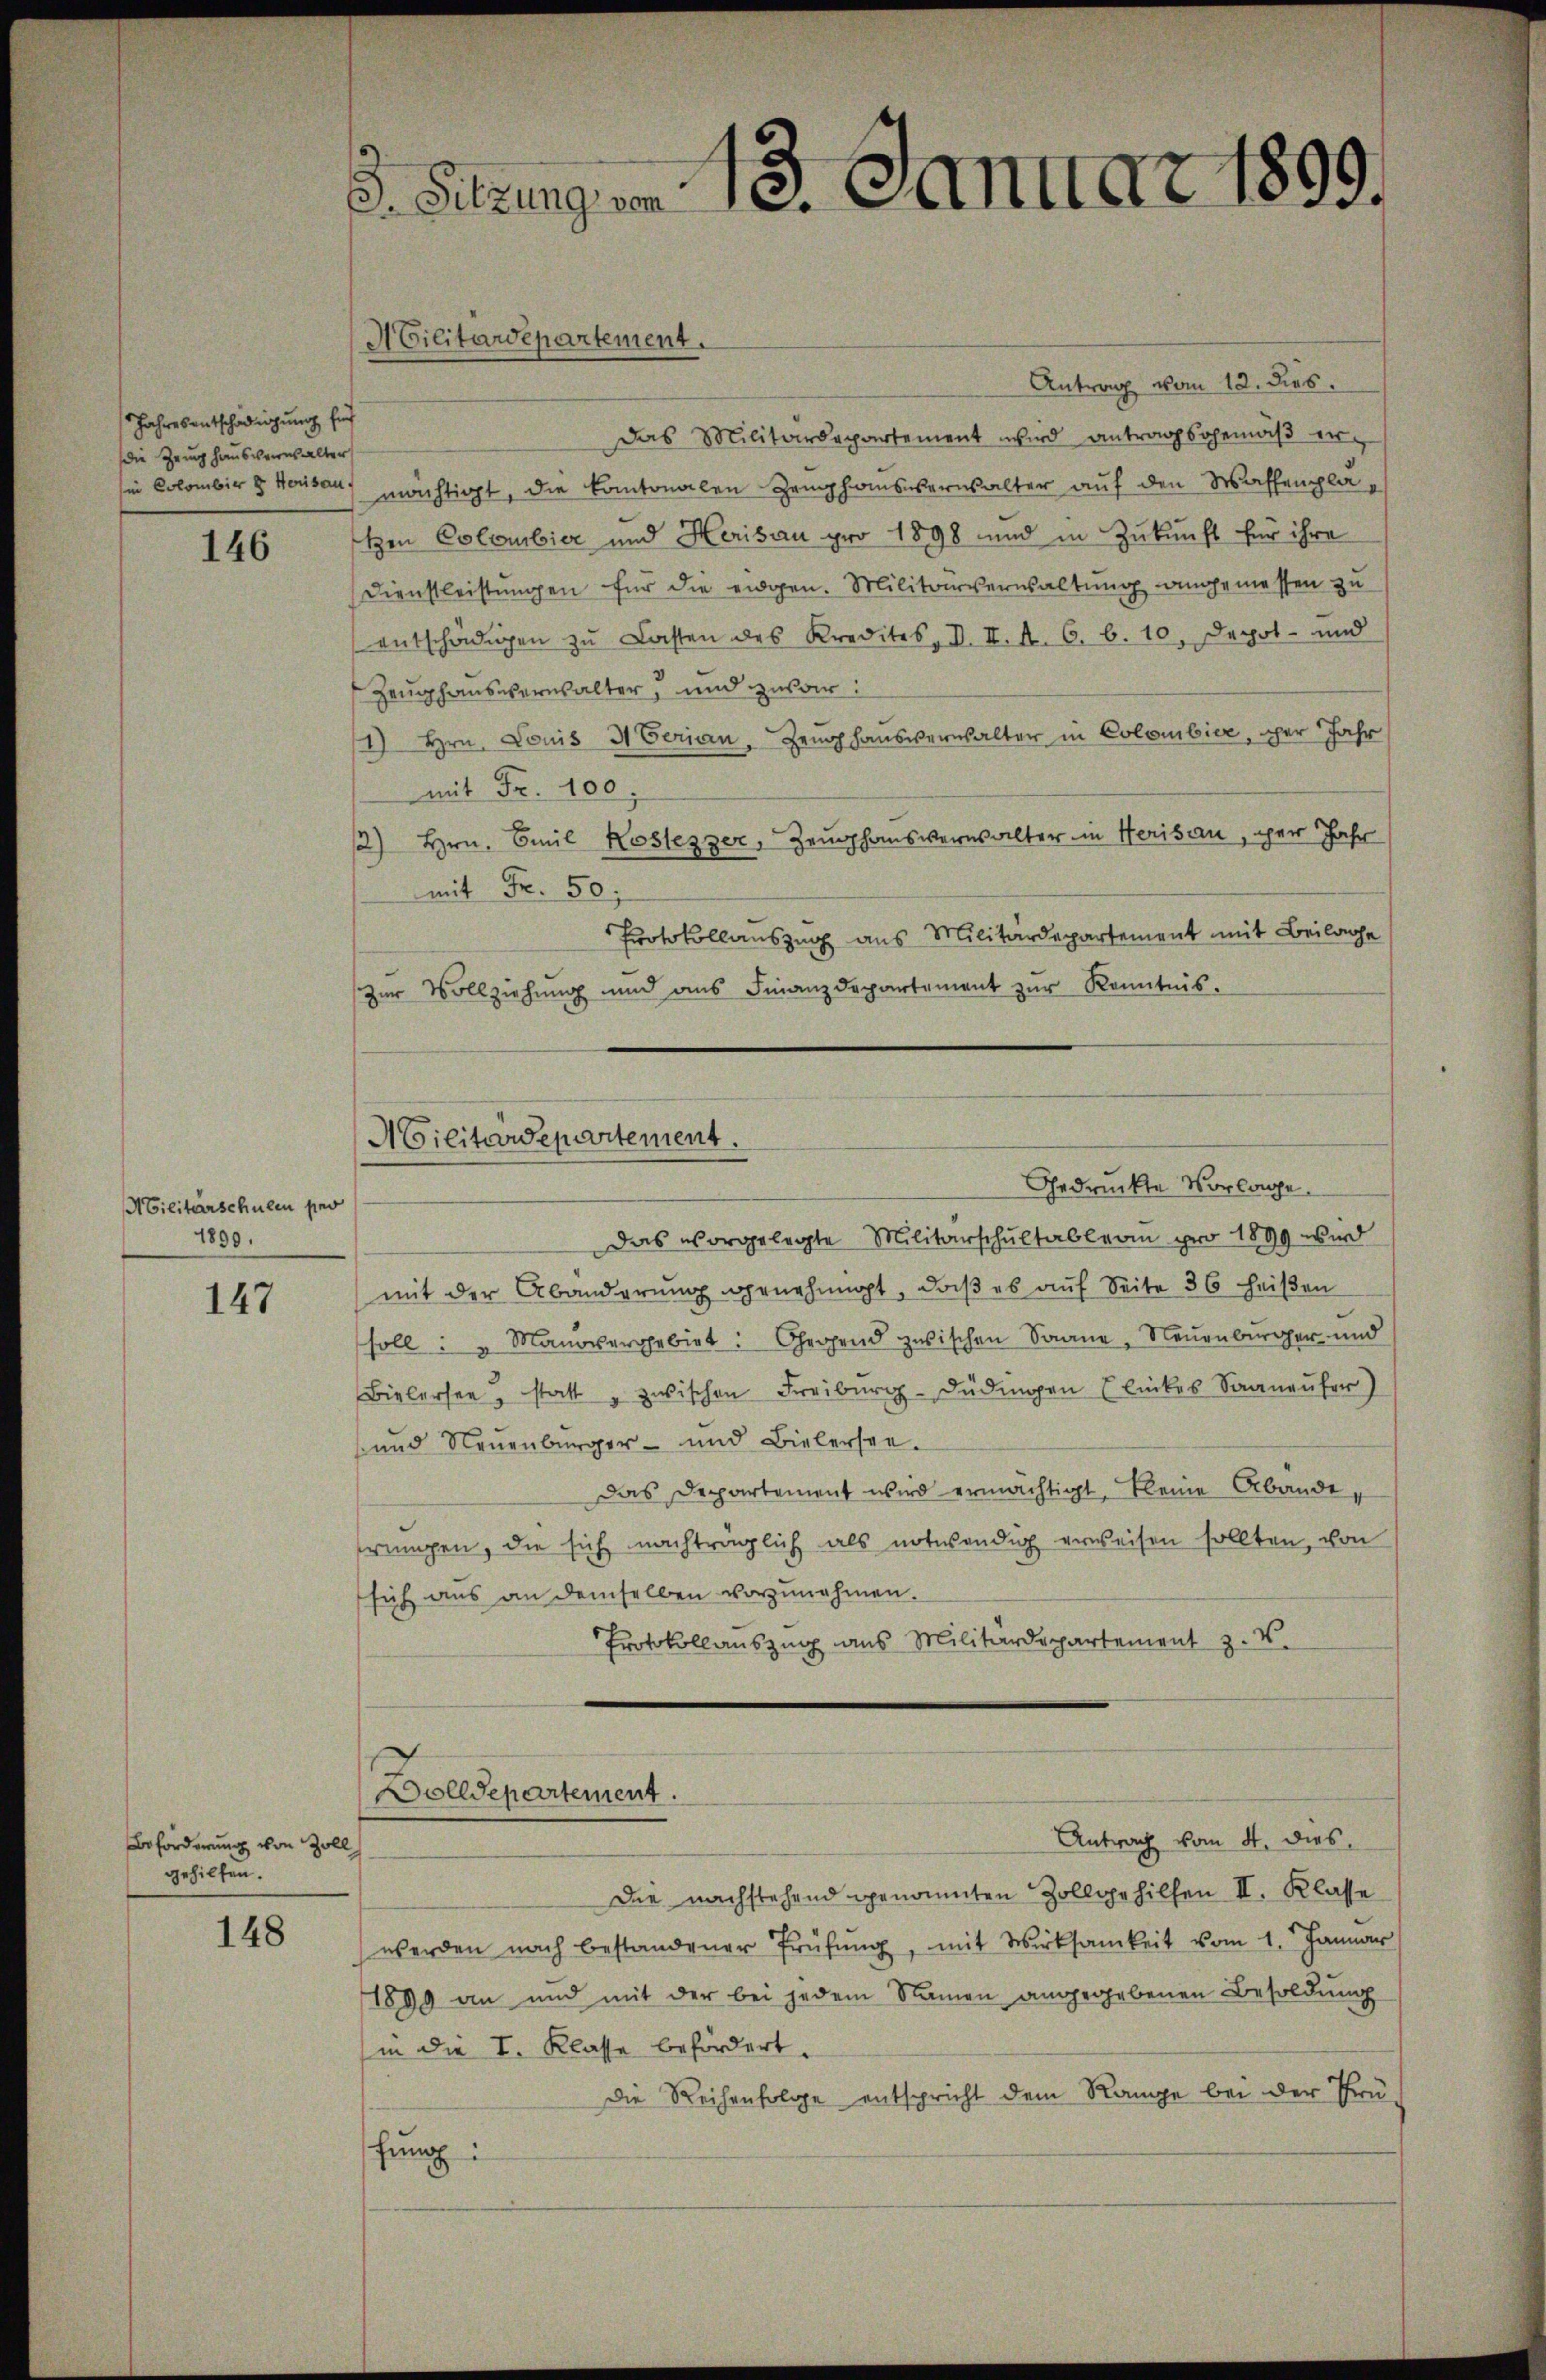
Jahresentschädigung für
die Zeughausverwalter
sin Colombier & Herisau.

146

Militärschulen pro
1890.

147

Beförderung von Zoll
gehilfen.

148

3. Sitzung von 18. Januar 1899.

Antrag vom 12. dies
Das Militärdepartement wird antragsgemäβ er
mächtigt, die Kantonalen Zemphonswernsalter auf den Waffenplatzen Colombier und Herisau pro 1898 und in Zukunft für ihre
Dienstleistungen für die eidgen. Militärverwaltung angemessen zu
entschädigen zu Lasten des Kredites, V. II. A. C. 6. 10. Depot- und
Zeughausverwalter, und zwar:
1) Hrn. Louis HEerian. Zeughausverwalter in Colombier, her Jahr
mit Fr. 100.
2) Hrn. Emil Kostezzer, Zeughausverwalter in Herisau, per Jahr
mit Fr. 50;
Protokollauszug aus Militärdepartement mit Beilage
zŭr Vollziehung und ans Finanzdepartement zŭr Kenntnis.
Das vorgelegte Militärschultableau pro 1899 wird
mit der Abänderung genehmigt, daß es auf Seite 36 heißen
soll u Manövergebiet: Gegend zwischen Saane, Neuenburger und
Bielersee, statt zwischen Freiburg-Düdingen Glückes Saaneufer)
 und Neuenburger- und Bielersee.
Das Departement wird ermächtigt. Kleine Abänderungen, die sich nachträglich als notwendig erweisen sollten, von
sich aus an demselben vorzunehmen.
Protokollauszug aus Militärdepartement z. B.
Dolldepartement.
Antrag vom 4. dies
Die nachstehend genannten Zollgehilfen II. Klasse
werden nach bestandener Prüfŭng, mit Wirksamkeit vom 1. Januar
1899 an und mit der bei jedem Namen angegebenen Besoldung
(in die I. Klasse befördert.
Die Reihenfolge entspricht dem Range bei der Frühung

Militärdepartement.

Militärdepartement.
Gedruckte Vorlage.